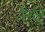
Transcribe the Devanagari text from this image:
लेर्नास